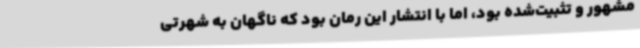
مشهور و تثبیت‌شده بود، اما با انتشار این رمان بود که ناگهان به شهرتی